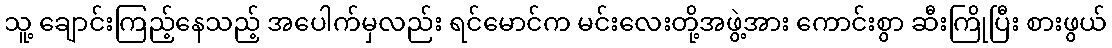
သူ့ ချောင်းကြည့်နေသည့် အပေါက်မှလည်း ရင်မောင်က မင်းလေးတို့အဖွဲ့အား ကောင်းစွာ ဆီးကြိုပြီး စားဖွယ်